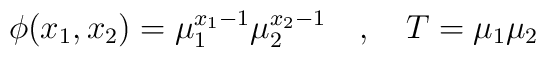
\phi(x_{1},x_{2})=\mu_{1}^{x_{1}-1} \mu_{2}^{x_{2}-1}\quad ,\quad T=\mu_{1} \mu_{2}